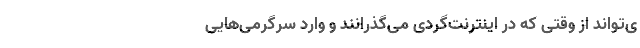
ی‌تواند از وقتی که در اینترنت‌گردی می‌گذرانند و وارد سرگرمی‌هایی